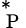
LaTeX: _\mathrm{~P~}^{*}